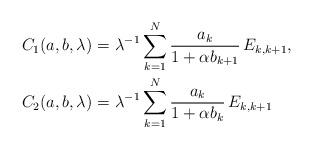
LaTeX: \begin{align*}C_1(a,b,\lambda) = &\ \lambda^{-1}\sum_{k=1}^N \frac{a_k}{1+\alpha b_{k+1}}\,E_{k,k+1}, \\C_2(a,b,\lambda) = &\ \lambda^{-1}\sum_{k=1}^N \frac{a_k}{1+\alpha b_k}\,E_{k,k+1} \end{align*}